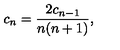
c _ { n } = { \frac { 2 c _ { n - 1 } } { n ( n + 1 ) } } ,